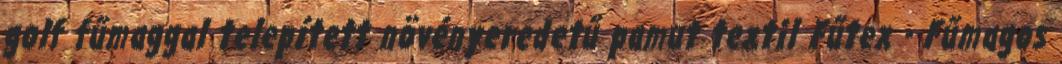
golf fűmaggal telepített növényeredetű pamut textil Fűtex - Fűmagos